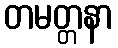
တမတ္တနာ